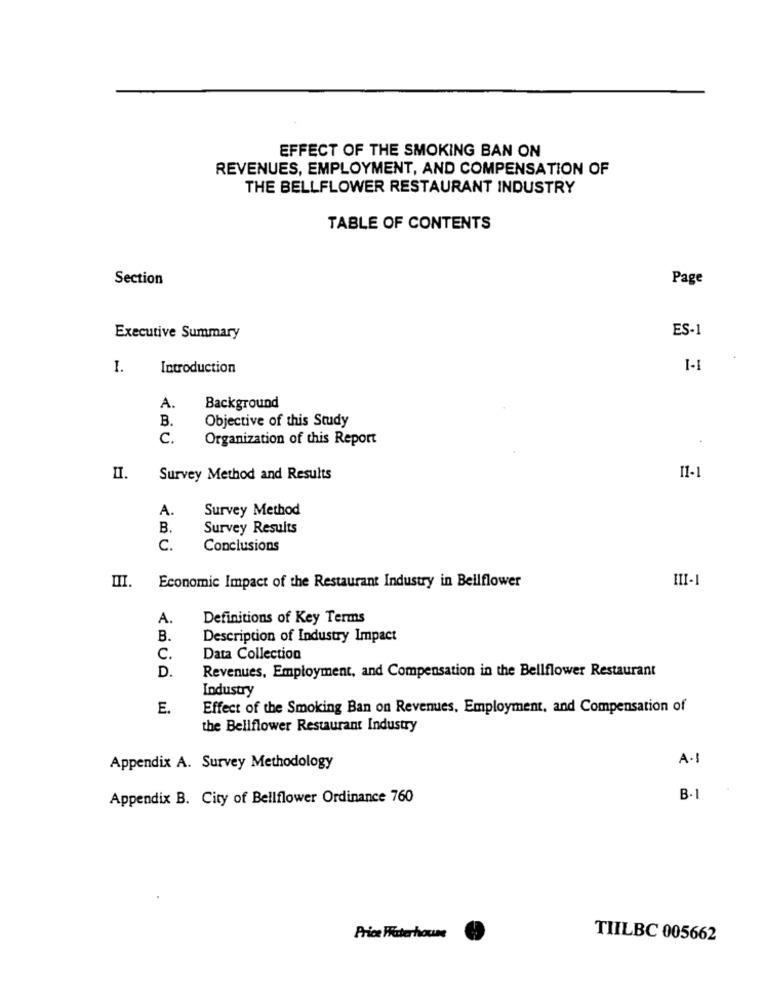
EFFECT OF THE SMOKING BAN ON
REVENUES, EMPLOYMENT, AND COMPENSATION OF
THE BELLFLOWER RESTAURANT INDUSTRY
TABLE OF CONTENTS
Section
Page
ES-1
Executive Summary
I.
Introduction
I-1
A.
Background
B.
Objective of this Study
C.
Organization of this Report
II. Survey Method and Results
11-1
A.
Survey Method
B.
Survey Results
C.
Conclusions
III-1
III. Economic Impact of the Restaurant Industry in Bellflower
A.
Definitions of Key Terms
B.
Description of Industry Impact
C.
Data Collection
D.
Revenues, Employment, and Compensation in the Bellflower Restaurant
Industry
E.
Effect of the Smoking Ban on Revenues, Employment, and Compensation of
the Bellflower Restaurant Industry
A·1
Appendix A. Survey Methodology
Appendix B. City of Bellflower Ordinance 760
B.
Price Waterhouse
TIILBC 005662